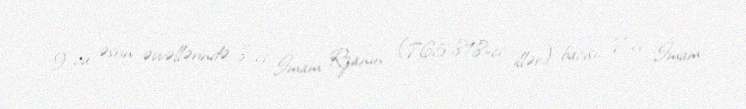
9-cu əsrin əvvəllərində 8-ci İmam Rzanın (765-818-ci illər) bacısı, 7-ci İmam